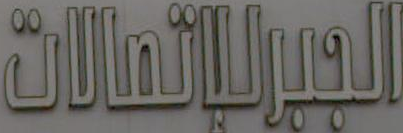
البيرلإتمالات